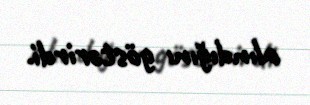
alındığını göstərirdi.